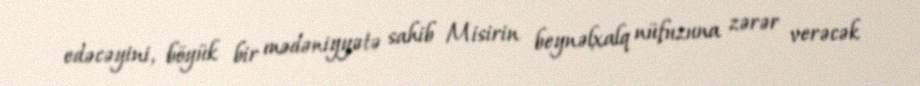
edəcəyini, böyük bir mədəniyyətə sahib Misirin beynəlxalq nüfuzuna zərər verəcək